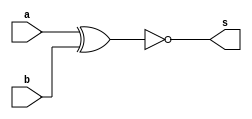
//---------------------
// Exemplo0008 - XNOR
// Nome: Wellington Santos Corra
//---------------------

//---------------------
//--xnor gate
//---------------------
module xnorgate (output s,
					  input  a,
					  input  b);
  assign s = ( ~( a ^ b ));
endmodule // xnor

//---------------------
//--test xnor gate
//---------------------
module testxnorgate;
//-------------------------dados locais
reg a, b; // definir registradores
wire s;
			// definir conexao (fio)
//-------------------------instancia
xnorgate XNOR1 (s, a, b);
//-------------------------preparacao
initial begin:start
				// atribuicao simultanea
				// dos valores iniciais
 a=0; b=0;
end
//-------------------------parte principal

initial begin
	$display("Exemplo0008 - Wellington Santos Corra - 472047");
	$display("Test XNOR gate");
	$display("\n~(a ^ b) = s\n");
	a=0; b=0;
#1	$display("~(%b ^ %b) = %b", a, b, s);
	a=0; b=1;
#1	$display("~(%b ^ %b) = %b", a, b, s);
	a=1; b=0;
#1	$display("~(%b ^ %b) = %b", a, b, s);
	a=1; b=1;
#1	$display("~(%b ^ %b) = %b", a, b, s);
end

endmodule // testxnorgate